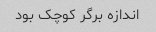
اندازه برگر کوچک بود